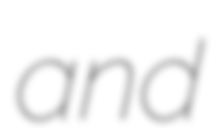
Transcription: and